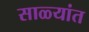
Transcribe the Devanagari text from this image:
साळ्यांत